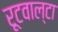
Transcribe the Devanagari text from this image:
रूटवाल्टा